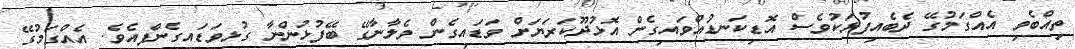
ތިއްބެވި އެއްގަމުގޭ ދެބެއިފުޅަކުވެސް އޮޑިކަނޑުއްވައިގެން އޮޅުދޫކަރަޔަށް ވަޑައިގެން ވެލާނާގޭ ބޭފުޅުންނާ ގުޅިވަޑައިގެންފިއެވެ. އެއްގަމުގޭ